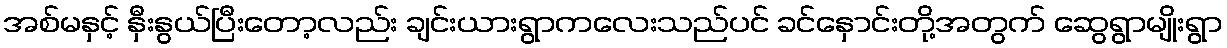
အစ်မနှင့် နှီးနွယ်ပြီးတော့လည်း ချင်းယားရွာကလေးသည်ပင် ခင်နှောင်းတို့အတွက် ဆွေရွာမျိုးရွာ